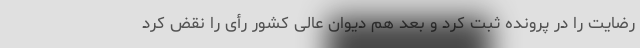
رضایت را در پرونده ثبت کرد و بعد هم دیوان عالی کشور رأی را نقض کرد